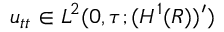
u _ { t t } \in L ^ { 2 } ( 0 , \tau ; ( H ^ { 1 } ( R ) ) ^ { \prime } )